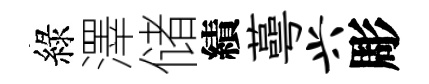
綠澤储績蕚兴彫